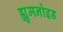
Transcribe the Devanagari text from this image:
ह्युमनोइड